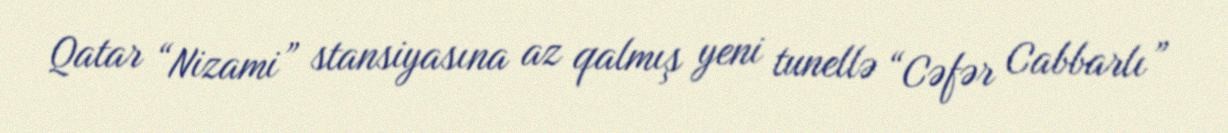
Qatar “Nizami” stansiyasına az qalmış yeni tunellə “Cəfər Cabbarlı”